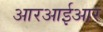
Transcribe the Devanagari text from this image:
आरआईआर